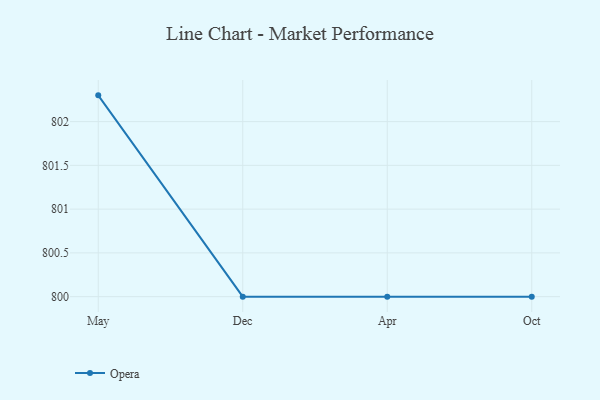
{"axis": {"x": "Month", "y": "Headcount"}, "legend": ["Opera"], "data": [{"x": "May", "y": 802.3, "type": "Opera"}, {"x": "Dec", "y": 800, "type": "Opera"}, {"x": "Apr", "y": 800, "type": "Opera"}, {"x": "Oct", "y": 800, "type": "Opera"}]}